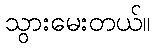
သွားမေးတယ်။